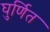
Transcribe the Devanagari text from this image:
घुर्णित